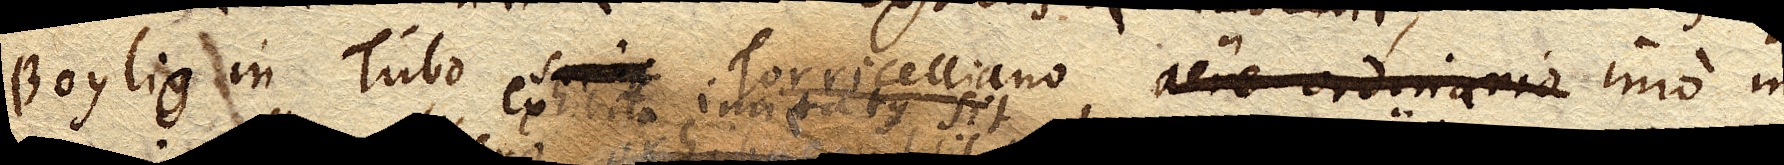
Boylio in Tubo Torricelliano aere ordinario imo in